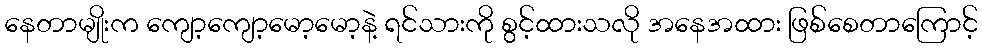
နေတာမျိုးက ကျော့ကျော့မော့မော့နဲ့ ရင်သားကို စွင့်ထားသလို အနေအထား ဖြစ်စေတာကြောင့်